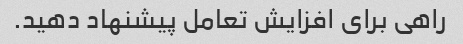
راهی برای افزایش تعامل پیشنهاد دهید.